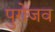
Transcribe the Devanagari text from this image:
पुरोजव